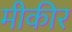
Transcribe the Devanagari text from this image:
मीकीर